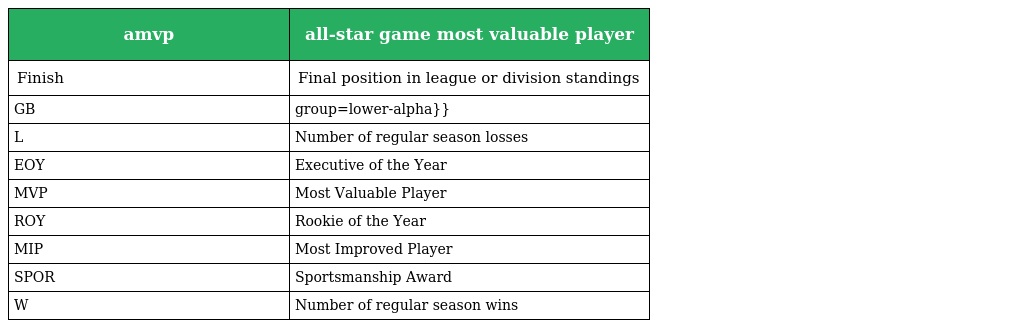
| amvp | all-star game most valuable player |
 | --- | --- |
 | Finish | Final position in league or division standings |
 | GB | group=lower-alpha}} |
 | L | Number of regular season losses |
 | EOY | Executive of the Year |
 | MVP | Most Valuable Player |
 | ROY | Rookie of the Year |
 | MIP | Most Improved Player |
 | SPOR | Sportsmanship Award |
 | W | Number of regular season wins |